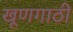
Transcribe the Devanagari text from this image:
खूणगाठी